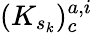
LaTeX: (K_{s_{k}})_{c}^{a,i}